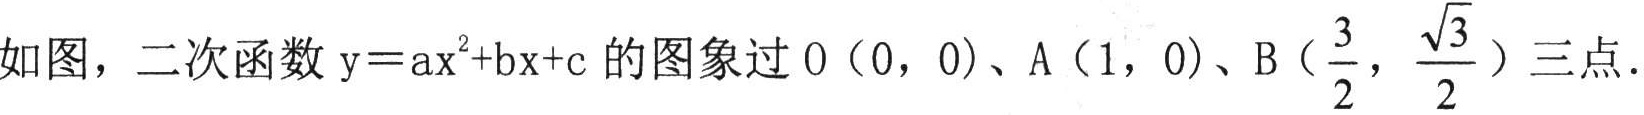
如图，二次函数\(y = ax^{2}+bx + c\)的图象过\(O(0,0)\)、\(A(1,0)\)、\(B(\frac{3}{2},\frac{\sqrt{3}}{2})\)三点.